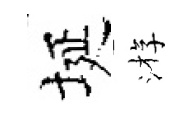
埏㳺